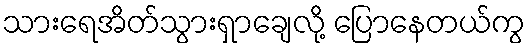
သားရေအိတ်သွားရှာချေလို့ ပြောနေတယ်ကွ